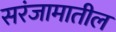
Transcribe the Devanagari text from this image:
सरंजामातील